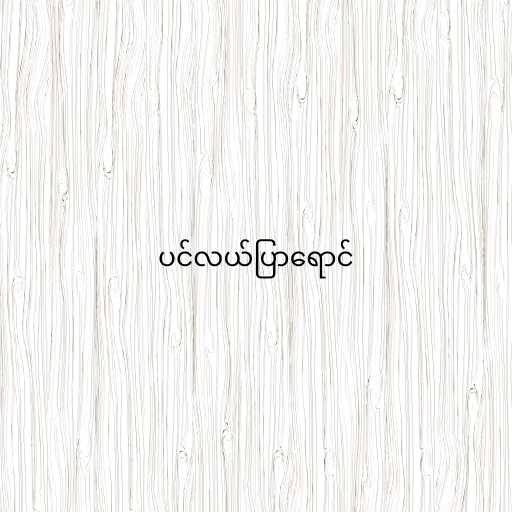
ပင်လယ်ပြာရောင်